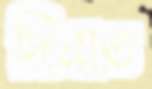
দিনাত